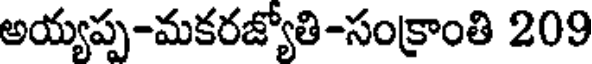
అయ్యప్ప-మకరజ్యోతి-సంక్రాంతి 209